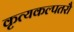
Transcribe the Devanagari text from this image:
कृत्यकल्पतरौ